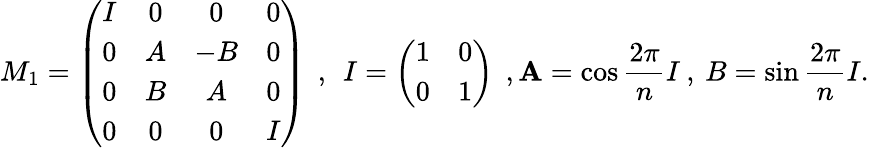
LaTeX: M_{1}=\left(\begin{array}{cccc}{{I}}&{{0}}&{{0}}&{{0}}\\ {{0}}&{{A}}&{{-B}}&{{0}}\\ {{0}}&{{B}}&{{A}}&{{0}}\\ {{0}}&{{0}}&{{0}}&{{I}}\end{array}\right)\: \: ,\: \: I=\left(\begin{array}{cc}{{1}}&{{0}}\\ {{0}}&{{1}}\end{array}\right)\: \: ,\mathbf{A}=\cos\frac{{2\pi}}{{n}}I\: ,\: B=\sin\frac{{2\pi}}{{n}}I.